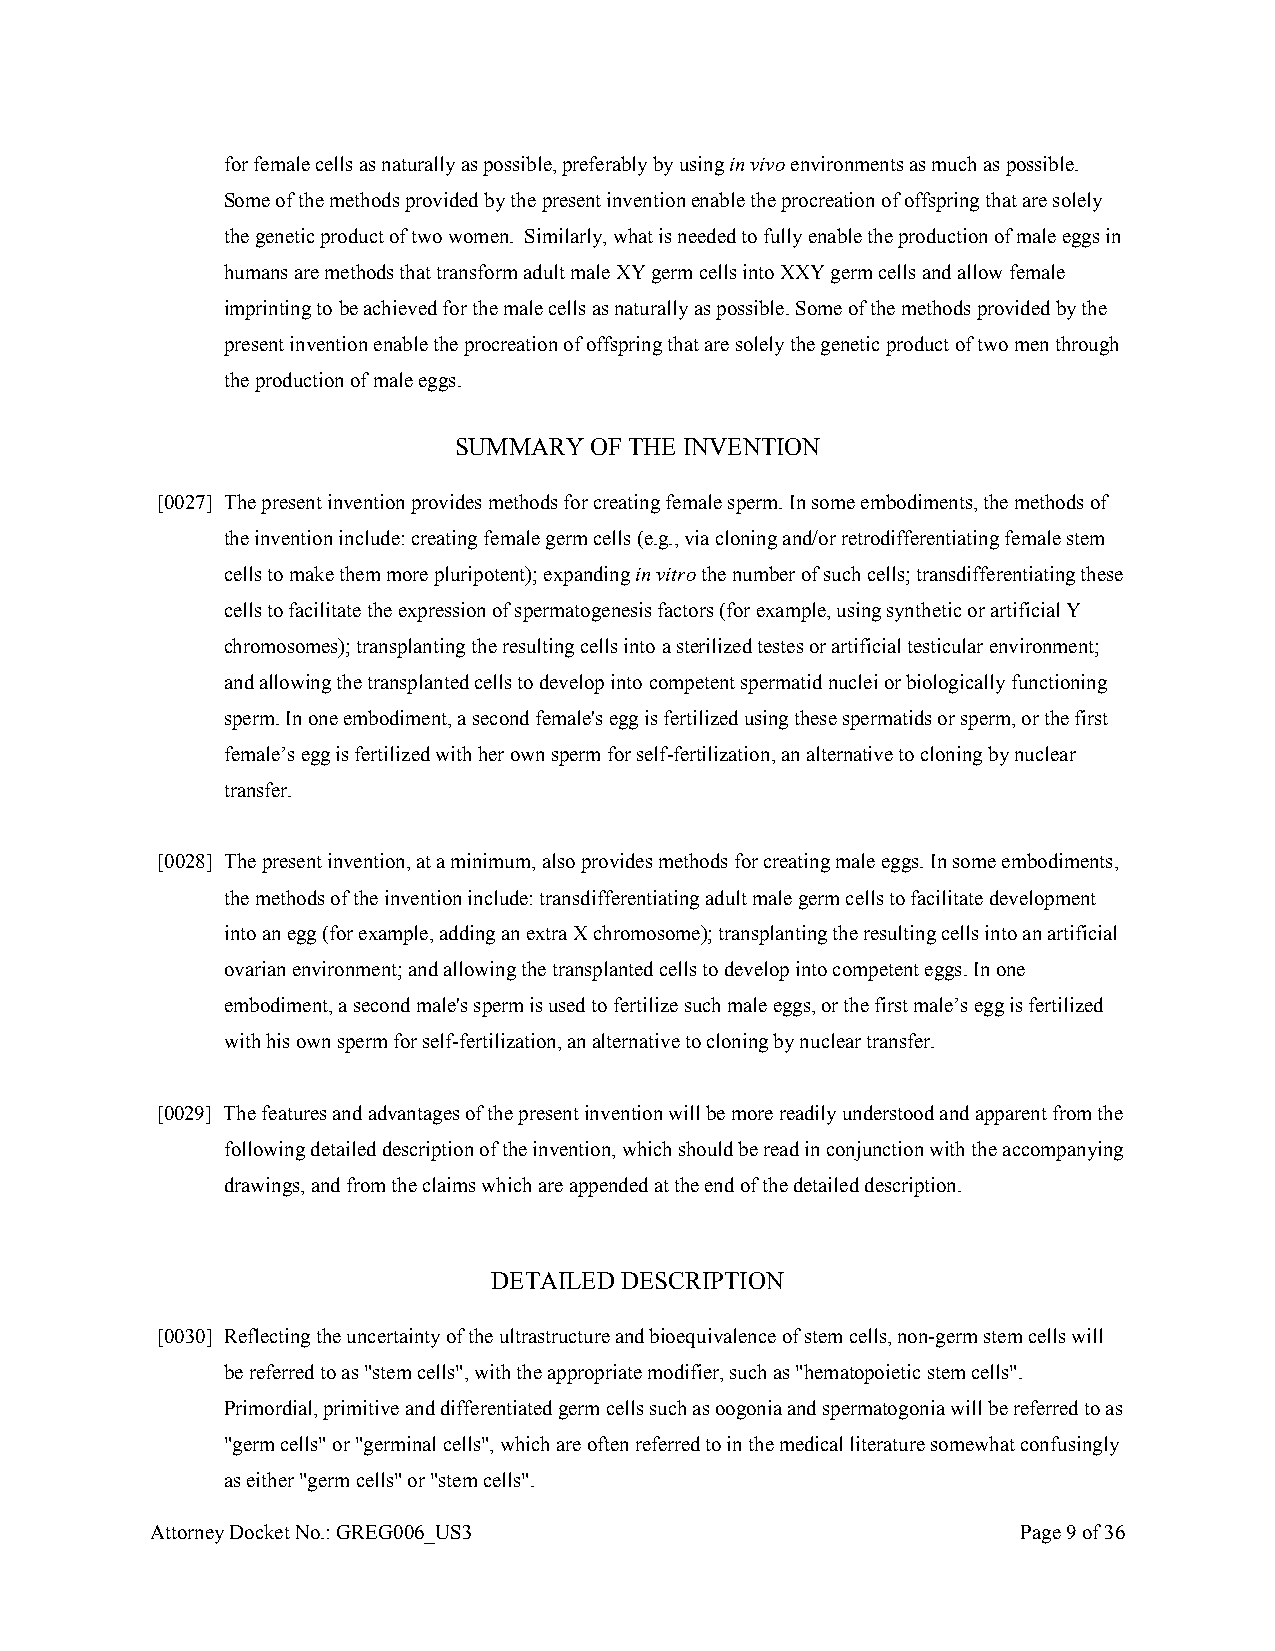
for female cells as naturally as possible, preferably by using in vivo environments as much as possible.
 Some of the methods provided by the present invention enable the procreation of offspring that are solely
 the genetic product of two women. Similarly, what is needed to fully enable the production of male eggs in
 humans are methods that transform adult male XY germ cells into XXY germ cells and allow female
 imprinting to be achieved for the male cells as naturally as possible. Some of the methods provided by the
 present invention enable the procreation of offspring that are solely the genetic product of two men through
 the production of male eggs.
 SUMMARY  OF THE INVENTION
 [0027] The present invention provides methods for creating female sperm. In some embodiments, the methods of
 the invention include: creating female germ cells (e.g., via cloning and/or retrodifferentiating female stem
 cells to make them more pluripotent); expanding in vitro the number of such cells; transdifferentiating these
 cells to facilitate the expression of spermatogenesis factors (for example, using synthetic or artificial Y
 chromosomes); transplanting the resulting cells into a sterilized testes or artificial testicular environment;
 and allowing the transplanted cells to develop into competent spermatid nuclei or biologically functioning
 sperm. In one embodiment, a second female's egg is fertilized using these spermatids or sperm, or the first
 female’s egg is fertilized with her own sperm for self-fertilization, an alternative to cloning by nuclear
 transfer.
 [0028] The present invention, at a minimum, also provides methods for creating male eggs. In some embodiments,
 the methods of the invention include: transdifferentiating adult male germ cells to facilitate development
 into an egg (for example, adding an extra X chromosome); transplanting the resulting cells into an artificial
 ovarian environment; and allowing the transplanted cells to develop into competent eggs. In one
 embodiment, a second male's sperm is used to fertilize such male eggs, or the first male’s egg is fertilized
 with his own sperm for self-fertilization, an alternative to cloning by nuclear transfer.
 [0029] The features and advantages of the present invention will be more readily understood and apparent from the
 following detailed description of the invention, which should be read in conjunction with the accompanying
 drawings, and from the claims which are appended at the end of the detailed description.
 DETAILED DESCRIPTION
 [0030] Reflecting the uncertainty of the ultrastructure and bioequivalence of stem cells, non-germ stem cells will
 be referred to as "stem cells", with the appropriate modifier, such as "hematopoietic stem cells".
 Primordial, primitive and differentiated germ cells such as oogonia and spermatogonia will be referred to as
 "germ cells" or "germinal cells", which are often referred to in the medical literature somewhat confusingly
 as either "germ cells" or "stem cells".
 Attorney Docket No.: GREG006_US3                          Page 9 of 36